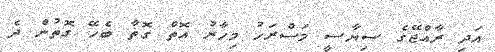
އަދި ރާއްޖޭގެ ސިޔާސީ މަސްރަހު މިހާރު އޮތް ގޮތާ ބެހޭ ގޮތުން ދެ